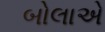
બોલાએ